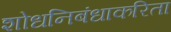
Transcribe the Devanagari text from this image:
शोधनिबंधाकरिता